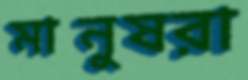
মানুষরা